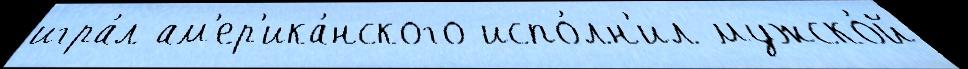
игра́л ам'ер'ика́нского испо́лн'ил мужско́й